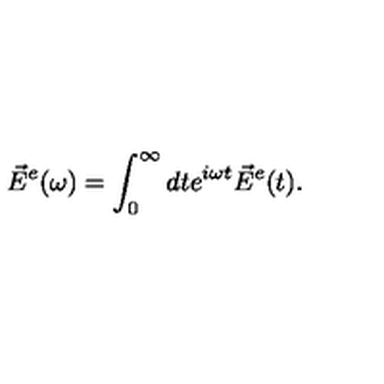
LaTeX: \vec { E } ^ { e } ( \omega ) = \int _ { 0 } ^ { \infty } d t e ^ { i \omega t } \vec { E } ^ { e } ( t ) .